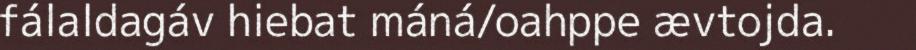
fálaldagáv hiebat máná/oahppe ævtojda.